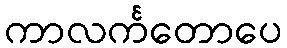
ကာလင်္ကတောပေ